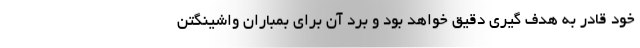
خود قادر به هدف گیری دقیق خواهد بود و برد آن برای بمباران واشینگتن